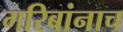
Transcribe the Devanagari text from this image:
गरिबांनाच